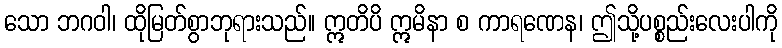
သော ဘဂဝါ၊ ထိုမြတ်စွာဘုရားသည်။ ဣတိပိ ဣမိနာ စ ကာရဏေန၊ ဤသို့ပစ္စည်းလေးပါကို